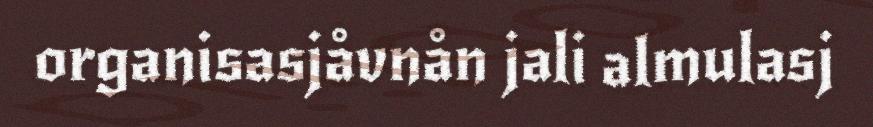
organisasjåvnån jali almulasj